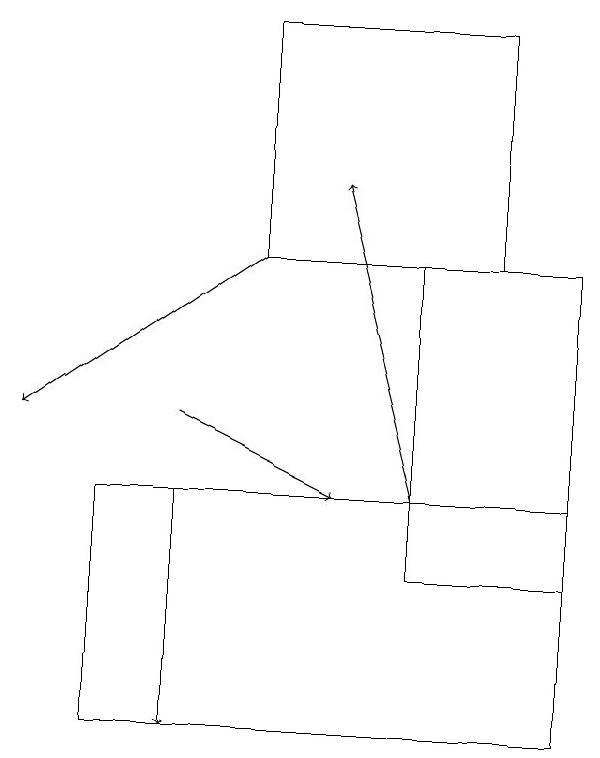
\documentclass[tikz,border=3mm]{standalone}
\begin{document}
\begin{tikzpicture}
\draw (8,16) rectangle (6,12);
\draw (8,10) rectangle (2,13);
\draw[->] (3,13) -- (3,10);
\draw[->] (4,16) -- (1,14);
\draw[->] (6,13) -- (5,17);
\draw[->] (3,14) -- (5,13);
\draw (7,16) rectangle (4,19);
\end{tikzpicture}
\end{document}